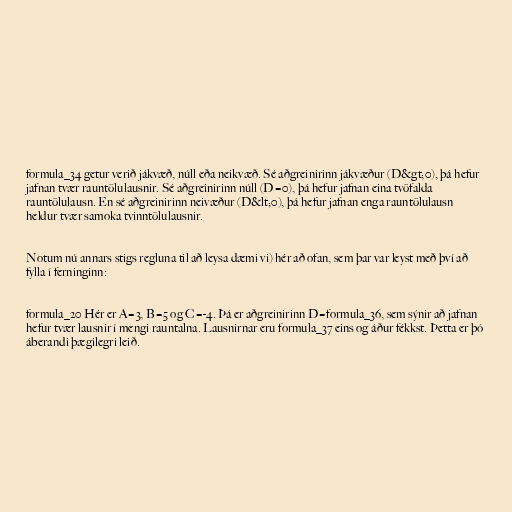
formula_34 getur verið jákvæð, núll eða neikvæð. Sé aðgreinirinn jákvæður (D&gt;0), þá hefur
jafnan tvær rauntölulausnir. Sé aðgreinirinn núll (D=0), þá hefur jafnan eina tvöfalda
rauntölulausn. En sé aðgreinirinn neivæður (D&lt;0), þá hefur jafnan enga rauntölulausn
heldur tvær samoka tvinntölulausnir.

Notum nú annars stigs regluna til að leysa dæmi vi) hér að ofan, sem þar var leyst með því að
fylla í ferninginn:

formula_20 Hér er A=3, B=5 og C=-4. Þá er aðgreinirinn D=formula_36, sem sýnir að jafnan
hefur tvær lausnir í mengi rauntalna. Lausnirnar eru formula_37 eins og áður fékkst. Þetta er þó
áberandi þægilegri leið.